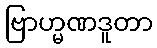
ဗြာဟ္မဏဒူတာ